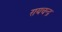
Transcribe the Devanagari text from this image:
रायचन्द्र